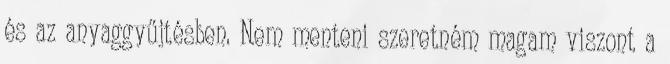
és az anyaggyűjtésben. Nem menteni szeretném magam viszont a